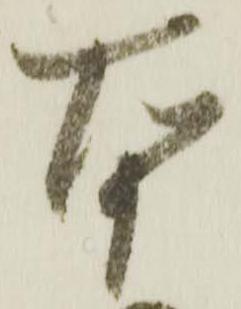
本